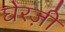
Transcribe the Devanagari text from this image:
घेरज़ी